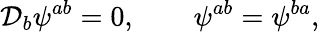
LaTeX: {\cal D}_{b}\psi^{ab}=0,\quad\quad\psi^{ab}=\psi^{ba},